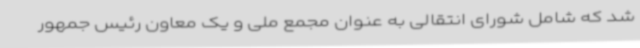
شد که شامل شورای انتقالی به عنوان مجمع ملی و یک معاون رئیس جمهور